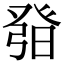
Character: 𤼰